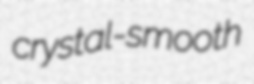
crystal-smooth